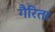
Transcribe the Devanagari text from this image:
गैरिता